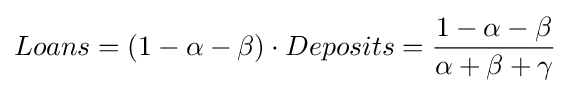
Loans=\left(1-\alpha -\beta \right)\cdot Deposits={\frac {1-\alpha -\beta }{\alpha +\beta +\gamma }}